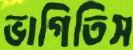
ভাগিতিস